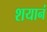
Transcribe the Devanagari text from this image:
शयानं